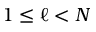
1 \leq \ell < N